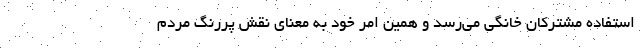
استفاده مشترکان خانگی می‌رسد و همین امر خود به معنای نقش پررنگ مردم